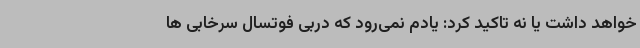
خواهد داشت یا نه تاکید کرد: یادم نمی‌رود که دربی فوتسال سرخابی ها